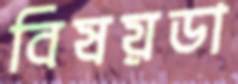
বিষয়ডা